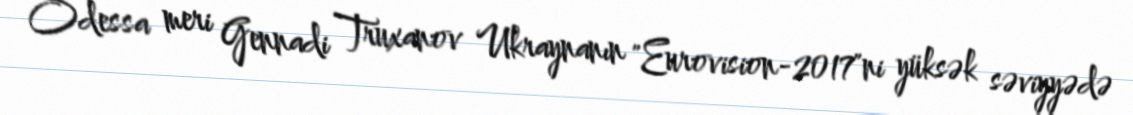
Odessa meri Gennadi Truxanov Ukraynanın "Eurovision-2017"ni yüksək səviyyədə